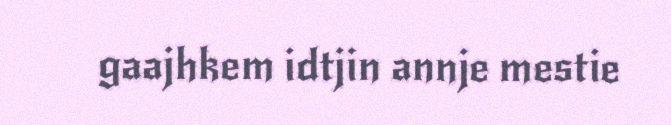
gaajhkem idtjin annje mestie